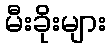
မီးခိုးများ